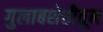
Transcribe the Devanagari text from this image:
गुलाबशेतीतून